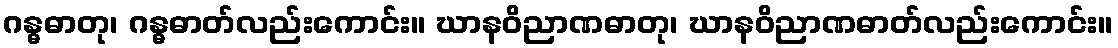
ဂန္ဓဓာတု၊ ဂန္ဓဓာတ်လည်းကောင်း။ ဃာနဝိညာဏဓာတု၊ ဃာနဝိညာဏဓာတ်လည်းကောင်း။